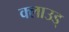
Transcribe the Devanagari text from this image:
क्लाउड्